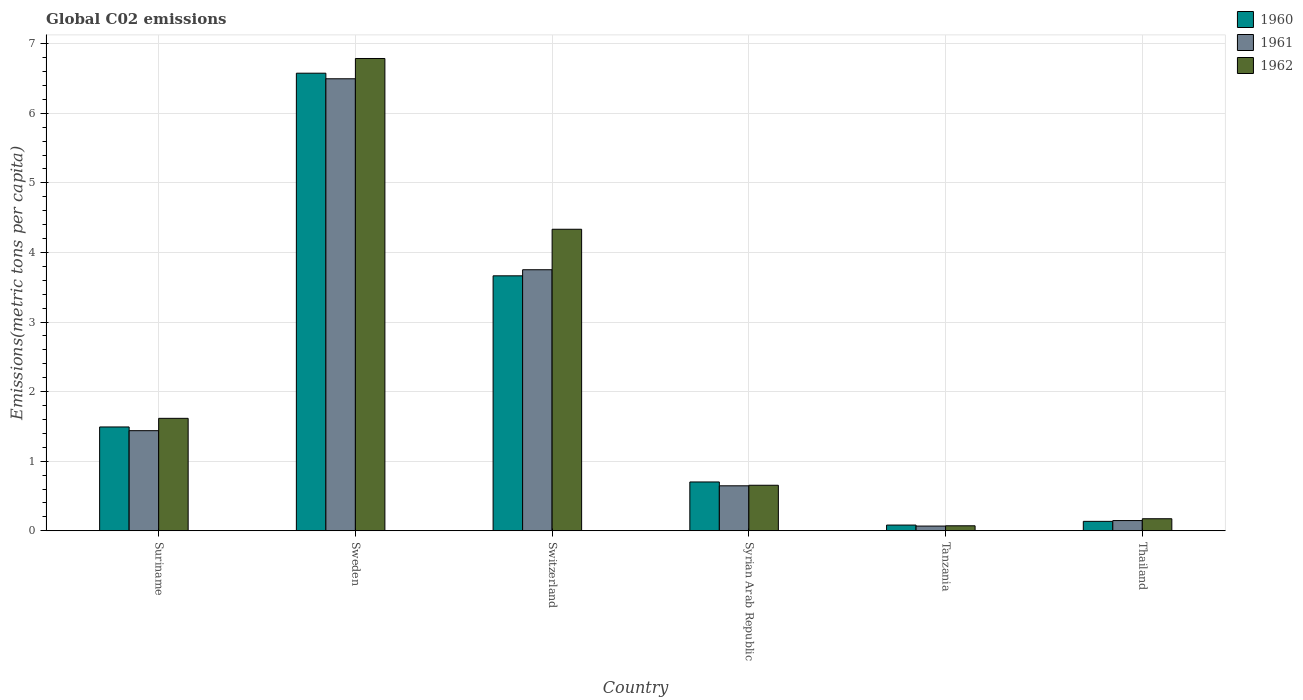
| Country | 1960 | 1961 | 1962 |
 | --- | --- | --- | --- |
 | Suriname | 1.49 | 1.44 | 1.62 |
 | Sweden | 6.58 | 6.5 | 6.79 |
 | Switzerland | 3.66 | 3.75 | 4.33 |
 | Syrian Arab Republic | 0.702 | 0.646 | 0.654 |
 | Tanzania | 0.0823 | 0.0679 | 0.0717 |
 | Thailand | 0.136 | 0.147 | 0.173 |